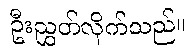
ဦးညွှတ်လိုက်သည်။